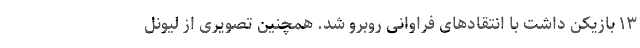
۱۳ بازیکن داشت با انتقادهای فراوانی روبرو شد. همچنین تصویری از لیونل